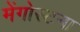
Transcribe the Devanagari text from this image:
मेंगोस्टना